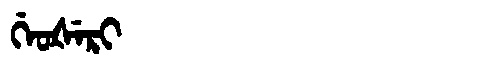
Manchu: ᡤᡝᠣᡧᡝᡵᡳ
Romanization: GEOŠERI